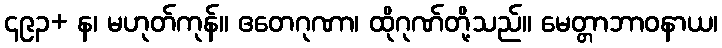
၄၉၃+ န၊ မဟုတ်ကုန်။ ဧတေဂုဏာ၊ ထိုဂုဏ်တို့သည်။ မေတ္တာဘာဝနာယ၊